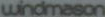
windmason